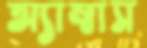
অ্যাম্বাস